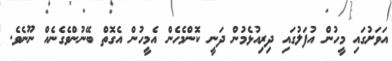
އަވަށުގައި މީހުން އުފަލުގައި ދިރިއުޅެމުން ދަނީ ކޮންމެހެން އެމީހުން އެގޮތް ބޭނުންވެގެނެއް ނޫނެވެ.